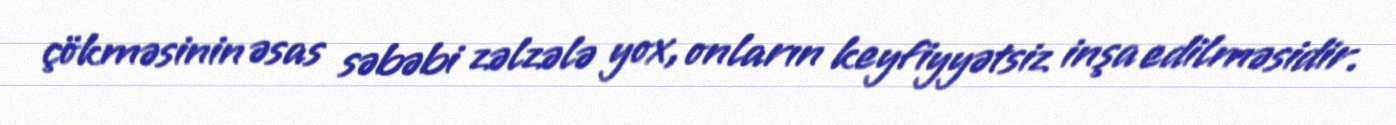
çökməsinin əsas səbəbi zəlzələ yox, onların keyfiyyətsiz inşa edilməsidir.